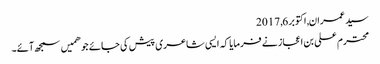
سید عمران, ‏اکتوبر 6, 2017
محترم علی بن اعجاز نے فرمایا کہ ایسی شاعری پیش کی جائے جو ھمیں سمجھ آئے۔